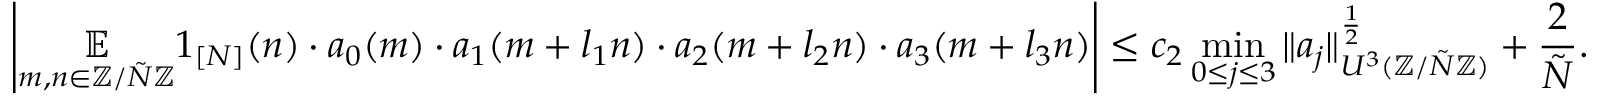
\left| \underset { m , n \in \mathbb { Z } / \tilde { N } \mathbb { Z } } { \mathbb { E } } 1 _ { [ N ] } ( n ) \cdot a _ { 0 } ( m ) \cdot a _ { 1 } ( m + l _ { 1 } n ) \cdot a _ { 2 } ( m + l _ { 2 } n ) \cdot a _ { 3 } ( m + l _ { 3 } n ) \right| \leq c _ { 2 } \operatorname* { m i n } _ { 0 \leq j \leq 3 } \| a _ { j } \| _ { U ^ { 3 } ( \mathbb { Z } / \tilde { N } \mathbb { Z } ) } ^ { \frac { 1 } { 2 } } + \frac { 2 } { \tilde { N } } .